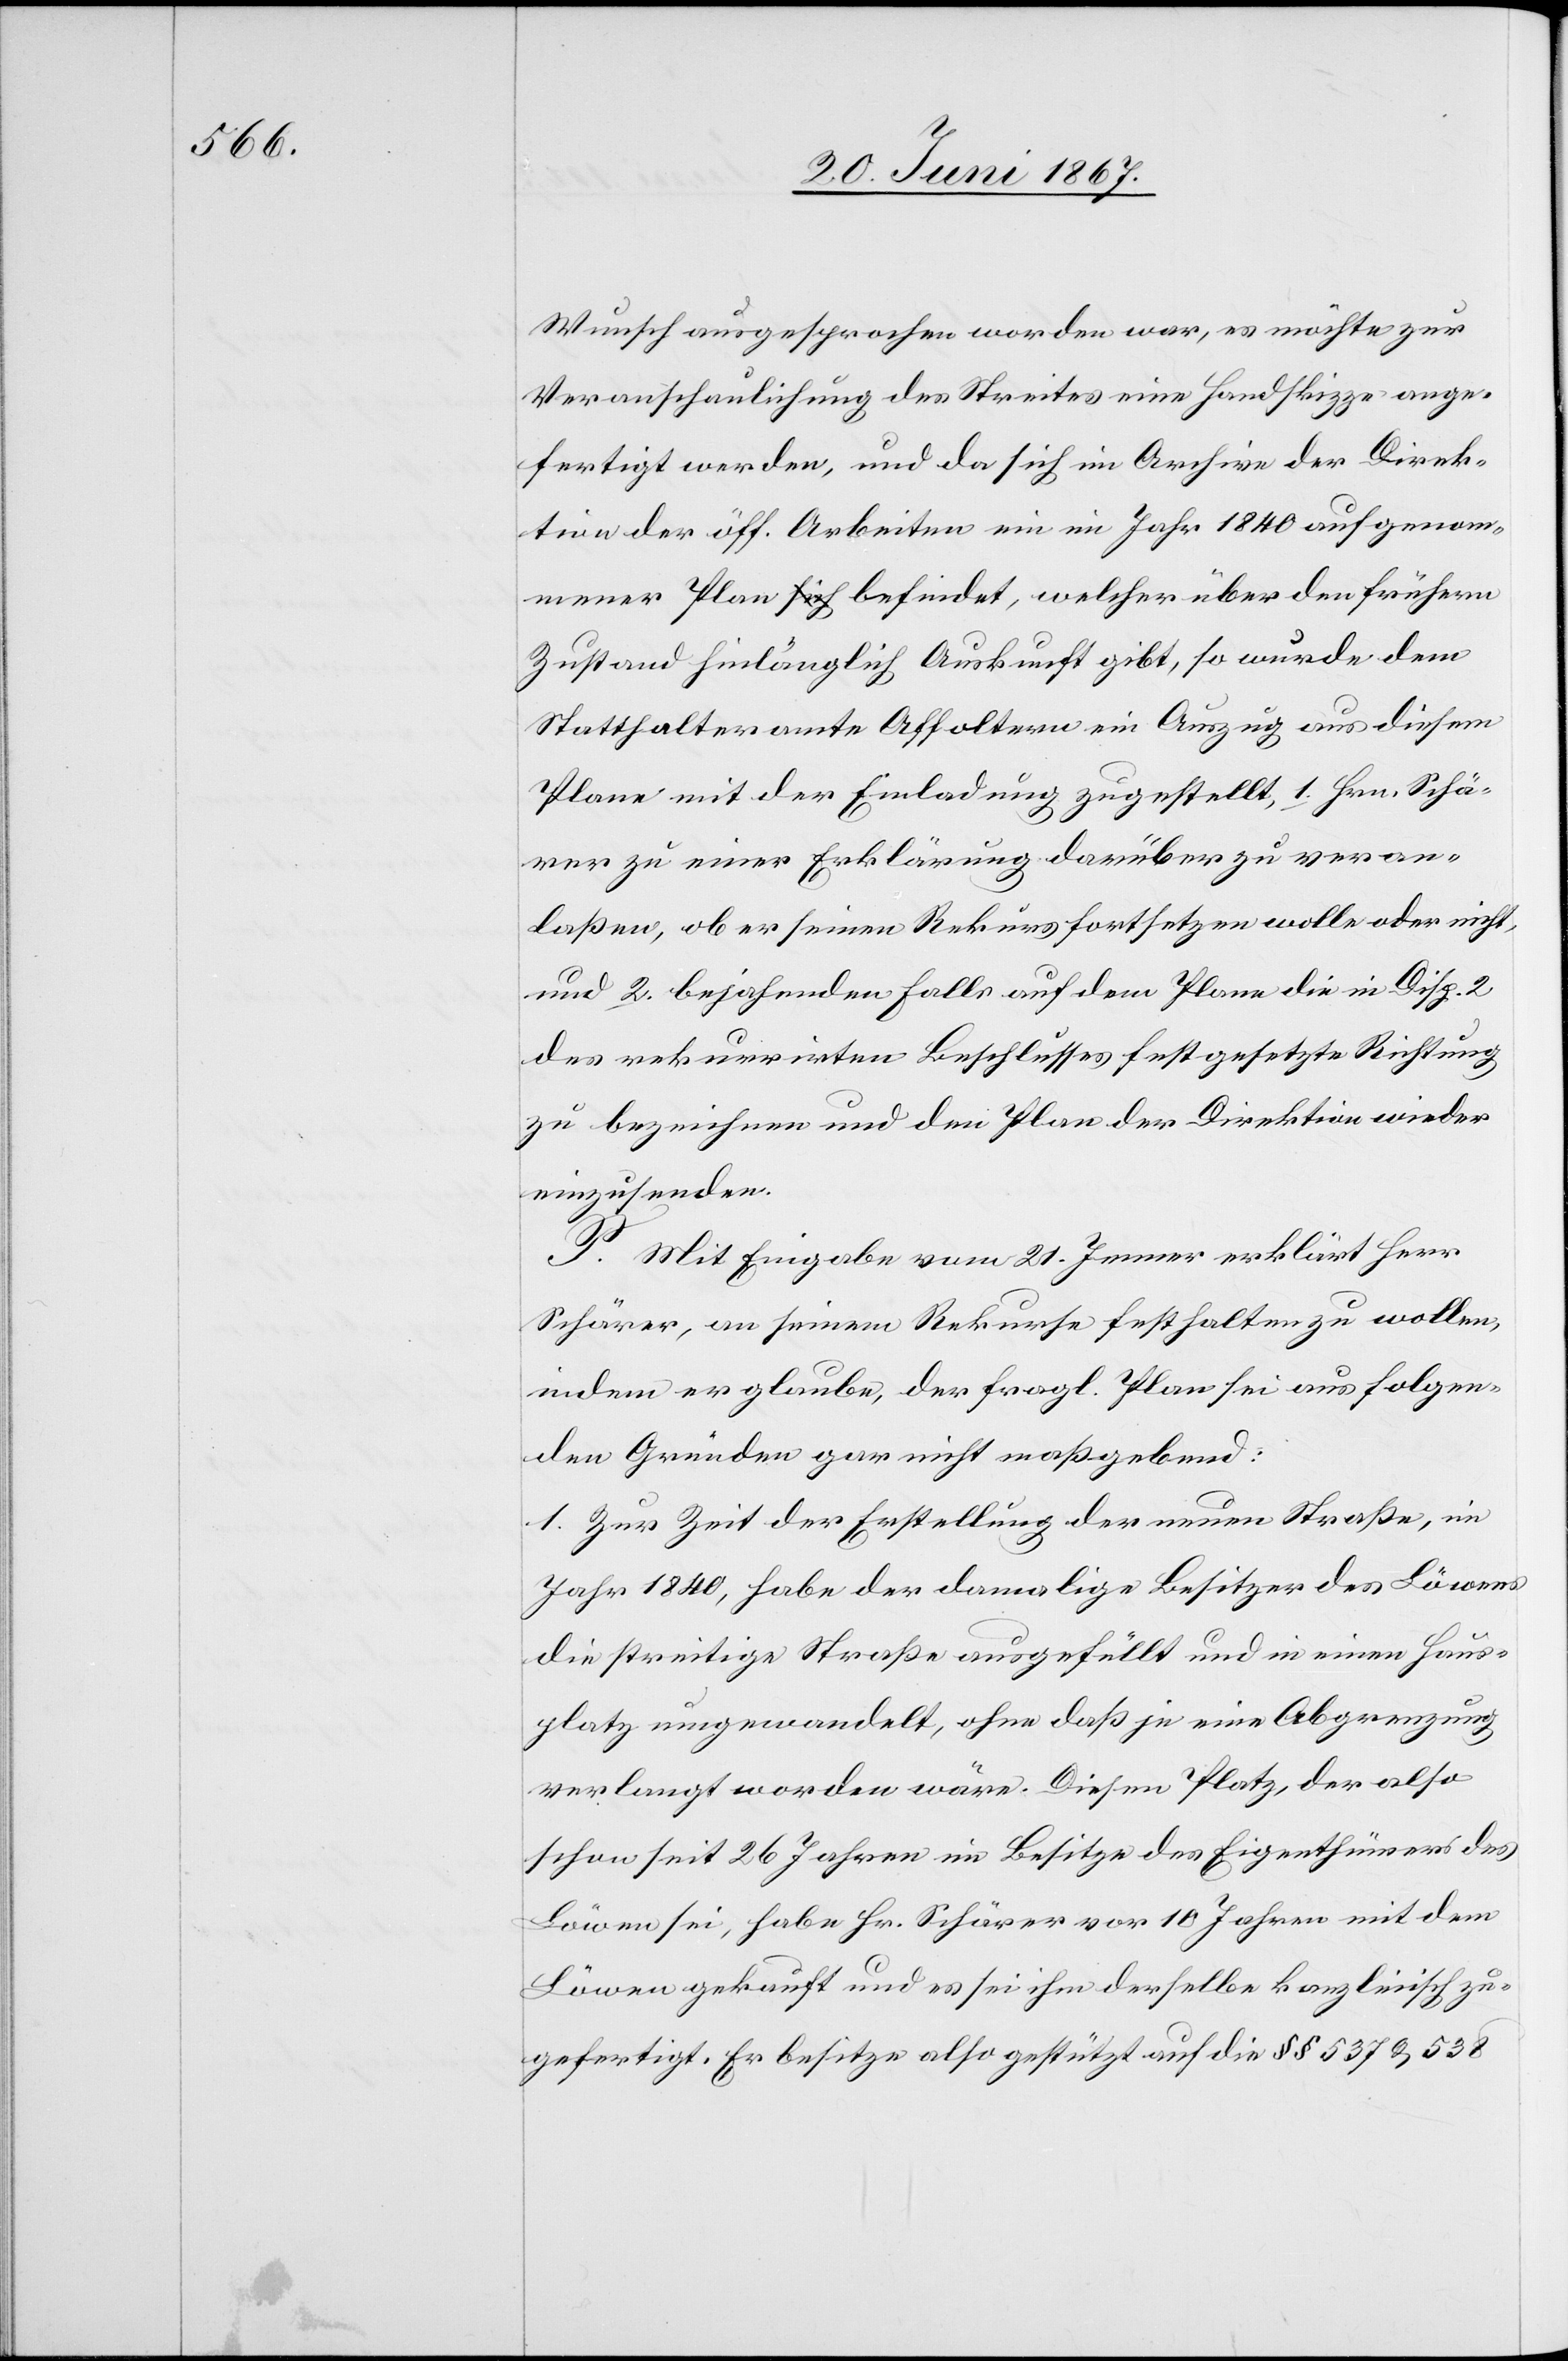
Wunsch ausgesprochen worden war, es möchte zur
Veranschaulichung des Streites eine Handskizze ange¬
fertigt werden, und da sich im Archive der Direk¬
tion der öff. Arbeiten ein im Jahr 1840 aufgenom¬
mener Plan befindet, welcher über den frühern
Zustand hinlänglich Auskunft gibt, so wurde dem
Statthalteramte Affoltern ein Auszug aus diesem
Plane mit der Einladung zugestellt, 1. Hrn. Schä¬
rer zu einer Erklärung darüber zu veran¬
laßen, ob er seinen Rekurs fortsetzen wolle oder nicht
und 2. bejahenden Falls auf dem Plane die in Disp. 2
des rekurrirten Beschlusses festgesetzte Richtung
zu bezeichnen und den Plan der Direktion wieder
einzusenden.
P. Mit Eingabe vom 21. Jenner erklärt Herr
Schärer, an seinem Rekurse festhalten zu wollen,
indem er glaube, der fragl. Plan sei aus folgen¬
den Gründen gar nicht maßgebend:
1. Zur Zeit der Erstellung der neuen Straße, im
Jahr 1840, habe der damalige Besitzer des Löwen
die streitige Straße ausgefüllt und in einen Haus¬
platz umgewandelt, ohne daß je eine Abgrenzung
verlangt worden wäre. Diesen Platz, der also
schon seit 26 Jahren im Besitze des Eigenthümers des
Löwen sei, habe Hr. Schärer vor 10 Jahren mit dem
Löwen gekauft und es sei ihm derselbe kanzleiisch zu¬
gefertigt. Er besitze also gestützt auf die § § 537 u. 538